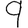
Digit: 9